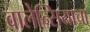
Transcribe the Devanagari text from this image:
वालेन्सियाचा